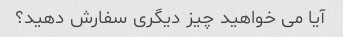
آیا می خواهید چیز دیگری سفارش دهید؟